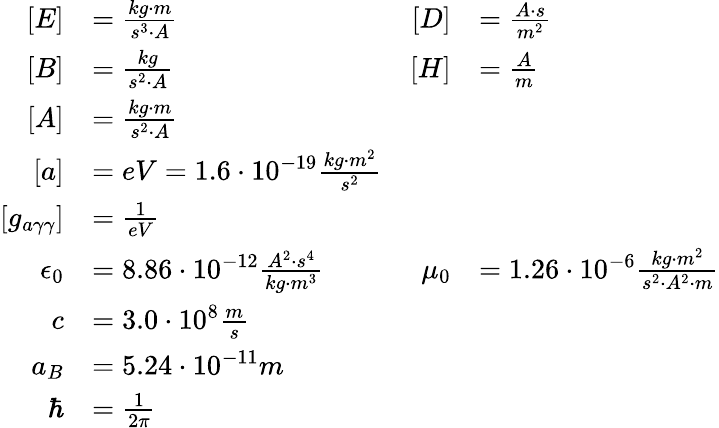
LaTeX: \begin{array}{rlrl}{\left[E\right]}&{=\frac{kg\cdot m}{s^{3}\cdot A}\qquad}&{\left[D\right]}&{=\frac{A\cdot s}{m^{2}}}\\ {\left[B\right]}&{=\frac{kg}{s^{2}\cdot A}\qquad}&{\left[H\right]}&{=\frac{A}{m}}\\ {\left[A\right]}&{=\frac{kg\cdot m}{s^{2}\cdot A}}\\ {\left[a\right]}&{=eV=1.6\cdot 10^{-19}\frac{kg\cdot m^{2}}{s^{2}}}\\ {\left[g_{a\gamma\gamma}\right]}&{=\frac{1}{eV}}\\ {\epsilon_{0}}&{=8.86\cdot 10^{-12}\frac{A^{2}\cdot s^{4}}{kg\cdot m^{3}}\qquad}&{\mu_{0}}&{=1.26\cdot 10^{-6}\frac{kg\cdot m^{2}}{s^{2}\cdot A^{2}\cdot m}}\\ {c}&{=3.0\cdot 10^{8}\frac{m}{s}}\\ {a_{B}}&{=5.24\cdot 10^{-11}m}\\ {\hbar}&{=\frac{1}{2\pi}}\end{array}